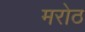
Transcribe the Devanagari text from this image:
मरोठ